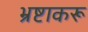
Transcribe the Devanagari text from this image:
भ्रष्टाकरू